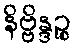
နိဗ္ဗိန္ဒဉ္စ